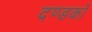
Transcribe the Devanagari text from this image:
दण्डकों